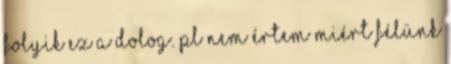
folyik ez a dolog. Pl nem értem miért félünk